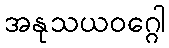
အနုသယဝဂ္ဂေါ